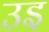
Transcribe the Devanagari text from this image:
उइ